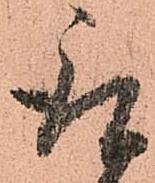
取